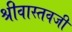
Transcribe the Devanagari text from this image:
श्रीवास्तवजी